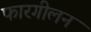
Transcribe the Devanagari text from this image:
फारगीलन